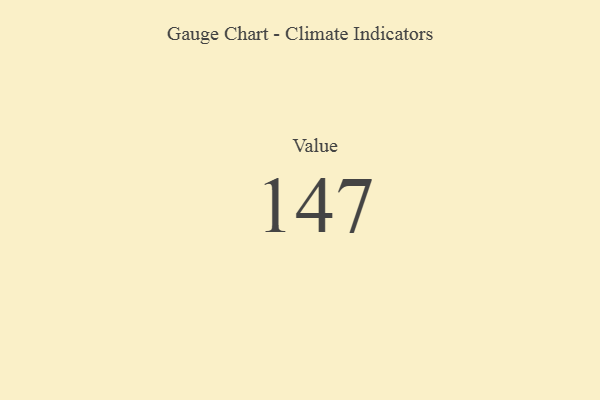
{"axis": {"x": "Metric", "y": "Value"}, "legend": [""], "data": [{"x": "Value", "y": 147, "type": ""}]}